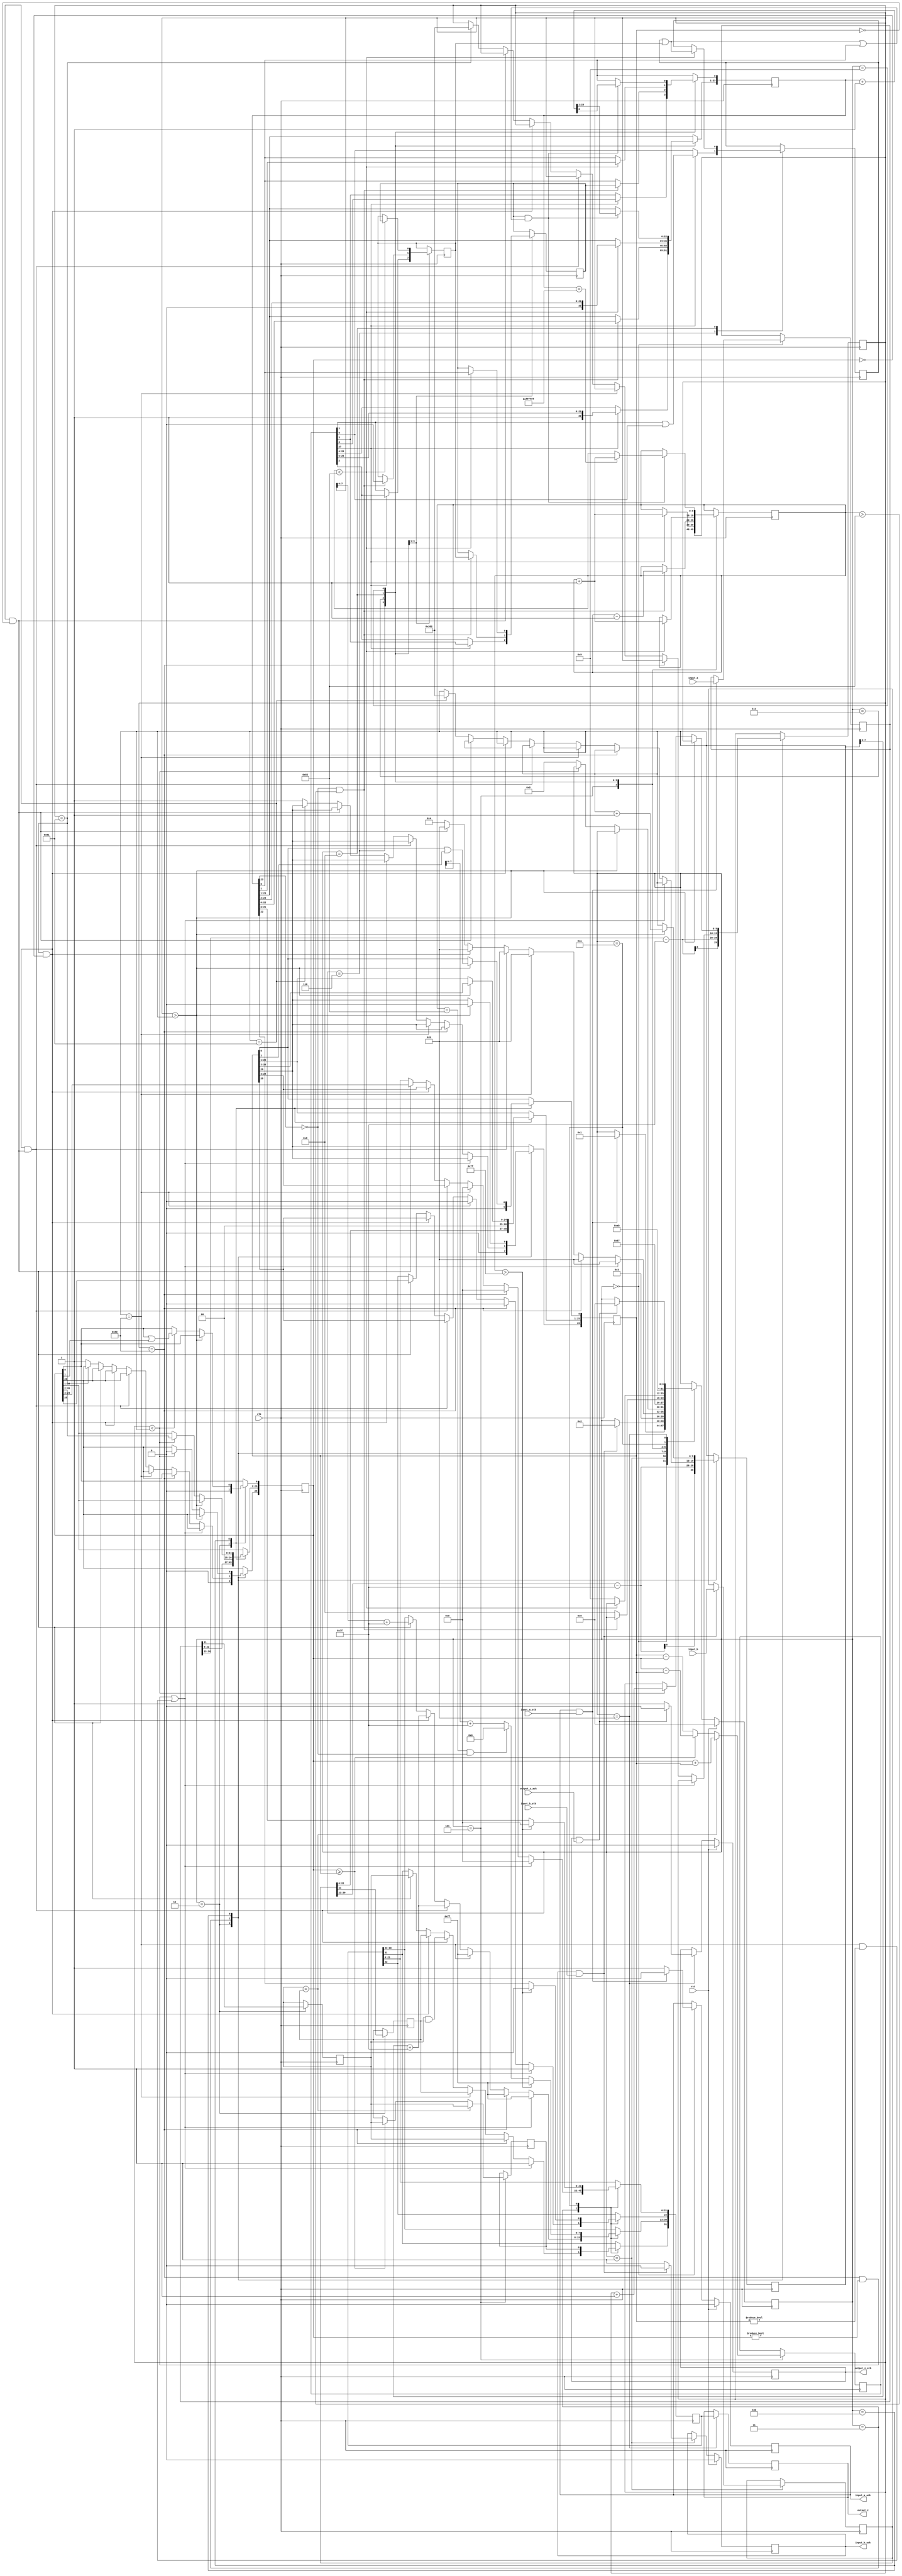

//IEEE Floating Point Adder (Single Precision)
//Copyright (C) Jonathan P Dawson 2013
//2013-12-12

module adder(
        input_a,
        input_b,
        input_a_stb,
        input_b_stb,
        output_z_ack,
        clk,
        rst,
        output_z,
        output_z_stb,
        input_a_ack,
        input_b_ack);

  input     clk;
  input     rst;

  input     [31:0] input_a;
  input     input_a_stb;
  output    input_a_ack;

  input     [31:0] input_b;
  input     input_b_stb;
  output    input_b_ack;

  output    [31:0] output_z;
  output    output_z_stb;
  input     output_z_ack;

  reg       s_output_z_stb;
  reg       [31:0] s_output_z;
  reg       s_input_a_ack;
  reg       s_input_b_ack;

  reg       [3:0] state = 4'd0;
  parameter get_a         = 4'd0,
            get_b         = 4'd1,
            unpack        = 4'd2,
            special_cases = 4'd3,
            align         = 4'd4,
            add_0         = 4'd5,
            add_1         = 4'd6,
            normalise_1   = 4'd7,
            normalise_2   = 4'd8,
            round         = 4'd9,
            pack          = 4'd10,
            put_z         = 4'd11;

  reg       [31:0] a, b, z;
  reg       [26:0] a_m, b_m;
  reg       [23:0] z_m;
  reg       [9:0] a_e, b_e, z_e;
  reg       a_s, b_s, z_s;
  reg       guard, round_bit, sticky;
  reg       [27:0] sum;

  always @(posedge clk)
  begin

    case(state)

      get_a:
      begin
        s_input_a_ack <= 1;
        if (s_input_a_ack && input_a_stb) begin
          a <= input_a;
          s_input_a_ack <= 0;
          state <= get_b;
        end
      end

      get_b:
      begin
        s_input_b_ack <= 1;
        if (s_input_b_ack && input_b_stb) begin
          b <= input_b;
          s_input_b_ack <= 0;
          state <= unpack;
        end
      end

      unpack:
      begin
        a_m <= {a[22 : 0], 3'd0};
        b_m <= {b[22 : 0], 3'd0};
        a_e <= a[30 : 23] - 127;
        b_e <= b[30 : 23] - 127;
        a_s <= a[31];
        b_s <= b[31];
        state <= special_cases;
      end

      special_cases:
      begin
        //if a is NaN or b is NaN return NaN 
        if ((a_e == 128 && a_m != 0) || (b_e == 128 && b_m != 0)) begin
          z[31] <= 1;
          z[30:23] <= 255;
          z[22] <= 1;
          z[21:0] <= 0;
          state <= put_z;
        //if a is inf return inf
        end else if (a_e == 128) begin
          z[31] <= a_s;
          z[30:23] <= 255;
          z[22:0] <= 0;
          state <= put_z;
        //if b is inf return inf
        end else if (b_e == 128) begin
          z[31] <= b_s;
          z[30:23] <= 255;
          z[22:0] <= 0;
          state <= put_z;
        //if a is zero return b
        end else if ((($signed(a_e) == -127) && (a_m == 0)) && (($signed(b_e) == -127) && (b_m == 0))) begin
          z[31] <= a_s & b_s;
          z[30:23] <= b_e[7:0] + 127;
          z[22:0] <= b_m[26:3];
          state <= put_z;
        //if a is zero return b
        end else if (($signed(a_e) == -127) && (a_m == 0)) begin
          z[31] <= b_s;
          z[30:23] <= b_e[7:0] + 127;
          z[22:0] <= b_m[26:3];
          state <= put_z;
        //if b is zero return a
        end else if (($signed(b_e) == -127) && (b_m == 0)) begin
          z[31] <= a_s;
          z[30:23] <= a_e[7:0] + 127;
          z[22:0] <= a_m[26:3];
          state <= put_z;
        end else begin
          //Denormalised Number
          if ($signed(a_e) == -127) begin
            a_e <= -126;
          end else begin
            a_m[26] <= 1;
          end
          //Denormalised Number
          if ($signed(b_e) == -127) begin
            b_e <= -126;
          end else begin
            b_m[26] <= 1;
          end
          state <= align;
        end
      end

      align:
      begin
        if ($signed(a_e) > $signed(b_e)) begin
          b_e <= b_e + 1;
          b_m <= b_m >> 1;
          b_m[0] <= b_m[0] | b_m[1];
        end else if ($signed(a_e) < $signed(b_e)) begin
          a_e <= a_e + 1;
          a_m <= a_m >> 1;
          a_m[0] <= a_m[0] | a_m[1];
        end else begin
          state <= add_0;
        end
      end

      add_0:
      begin
        z_e <= a_e;
        if (a_s == b_s) begin
          sum <= a_m + b_m;
          z_s <= a_s;
        end else begin
          if (a_m >= b_m) begin
            sum <= a_m - b_m;
            z_s <= a_s;
          end else begin
            sum <= b_m - a_m;
            z_s <= b_s;
          end
        end
        state <= add_1;
      end

      add_1:
      begin
        if (sum[27]) begin
          z_m <= sum[27:4];
          guard <= sum[3];
          round_bit <= sum[2];
          sticky <= sum[1] | sum[0];
          z_e <= z_e + 1;
        end else begin
          z_m <= sum[26:3];
          guard <= sum[2];
          round_bit <= sum[1];
          sticky <= sum[0];
        end
        state <= normalise_1;
      end

      normalise_1:
      begin
        if (z_m[23] == 0 && $signed(z_e) > -126) begin
          z_e <= z_e - 1;
          z_m <= z_m << 1;
          z_m[0] <= guard;
          guard <= round_bit;
          round_bit <= 0;
        end else begin
          state <= normalise_2;
        end
      end

      normalise_2:
      begin
        if ($signed(z_e) < -126) begin
          z_e <= z_e + 1;
          z_m <= z_m >> 1;
          guard <= z_m[0];
          round_bit <= guard;
          sticky <= sticky | round_bit;
        end else begin
          state <= round;
        end
      end

      round:
      begin
        if (guard && (round_bit | sticky | z_m[0])) begin
          z_m <= z_m + 1;
          if (z_m == 24'hffffff) begin
            z_e <=z_e + 1;
          end
        end
        state <= pack;
      end

      pack:
      begin
        z[22 : 0] <= z_m[22:0];
        z[30 : 23] <= z_e[7:0] + 127;
        z[31] <= z_s;
        if ($signed(z_e) == -126 && z_m[23] == 0) begin
          z[30 : 23] <= 0;
        end
        //if overflow occurs, return inf
        if ($signed(z_e) > 127) begin
          z[22 : 0] <= 0;
          z[30 : 23] <= 255;
          z[31] <= z_s;
        end
        state <= put_z;
      end

      put_z:
      begin
        s_output_z_stb <= 1;
        s_output_z <= z;
        if (s_output_z_stb && output_z_ack) begin
          s_output_z_stb <= 0;
          state <= get_a;
        end
      end

    endcase

    if (rst == 1) begin
      state <= get_a;
      s_input_a_ack <= 0;
      s_input_b_ack <= 0;
      s_output_z_stb <= 0;
    end

  end
  assign input_a_ack = s_input_a_ack;
  assign input_b_ack = s_input_b_ack;
  assign output_z_stb = s_output_z_stb;	//ready flag
  assign output_z = s_output_z;				//value

endmodule